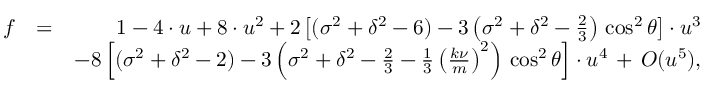
\begin{array} { r l r } { f } & { = } & { 1 - 4 \cdot u + 8 \cdot u ^ { 2 } + 2 \left[ ( \sigma ^ { 2 } + \delta ^ { 2 } - 6 ) - 3 \left( \sigma ^ { 2 } + \delta ^ { 2 } - \frac { 2 } { 3 } \right) \, \cos ^ { 2 } \theta \right] \cdot u ^ { 3 } } \\ & { } & { - 8 \left[ ( \sigma ^ { 2 } + \delta ^ { 2 } - 2 ) - 3 \left( \sigma ^ { 2 } + \delta ^ { 2 } - \frac { 2 } { 3 } - \frac { 1 } { 3 } \left( \frac { k \nu } { m } \right) ^ { 2 } \right) \, \cos ^ { 2 } \theta \right] \cdot u ^ { 4 } \, + \, { \cal O } ( u ^ { 5 } ) , } \end{array}